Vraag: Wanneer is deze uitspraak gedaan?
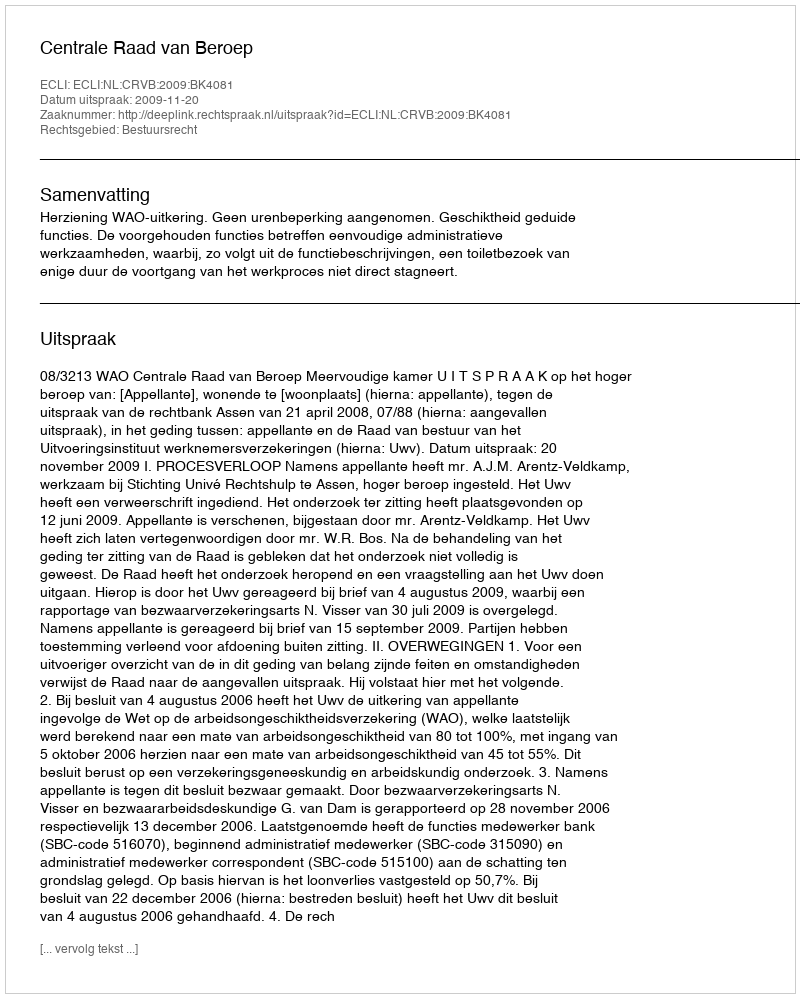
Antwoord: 2009-11-20